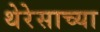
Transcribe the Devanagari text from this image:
थेरेसाच्या